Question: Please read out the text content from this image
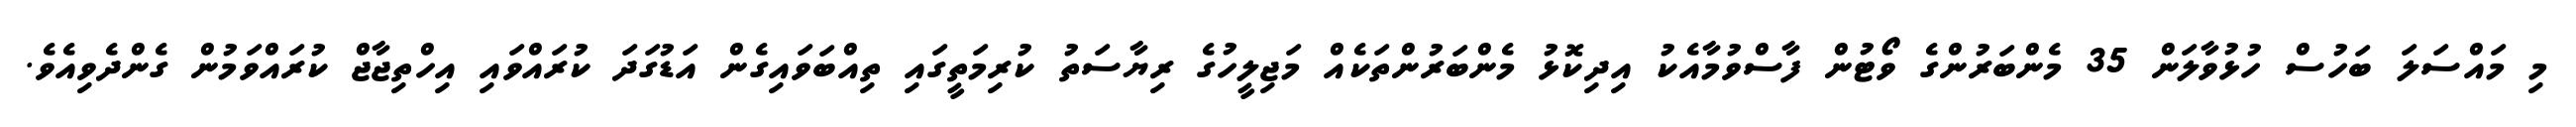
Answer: މި މައްސަލަ ބަހުސް ހުޅުވާލަން 35 މެންބަރުންގެ ވޯޓުން ފާސްވުމާއެކު އިދިކޮޅު މެންބަރުންތަކެއް މަޖިލީހުގެ ރިޔާސަތު ކުރިމަތީގައި ތިއްބަވައިގެން އަޑުގަދަ ކުރައްވައި އިހްތިޖާޖް ކުރައްވަމުން ގެންދެވިއެވެ.